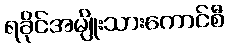
ရခိုင်အမျိုးသားကောင်စီ